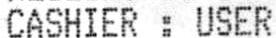
CASHIER : USER